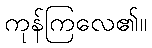
ကုန်ကြလေ၏။